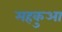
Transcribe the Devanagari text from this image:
महकुआ